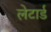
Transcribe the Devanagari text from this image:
लेटार्ड